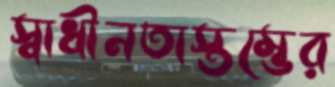
স্বাধীনতাস্তম্ভের